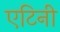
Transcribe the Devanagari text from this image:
एटिनी